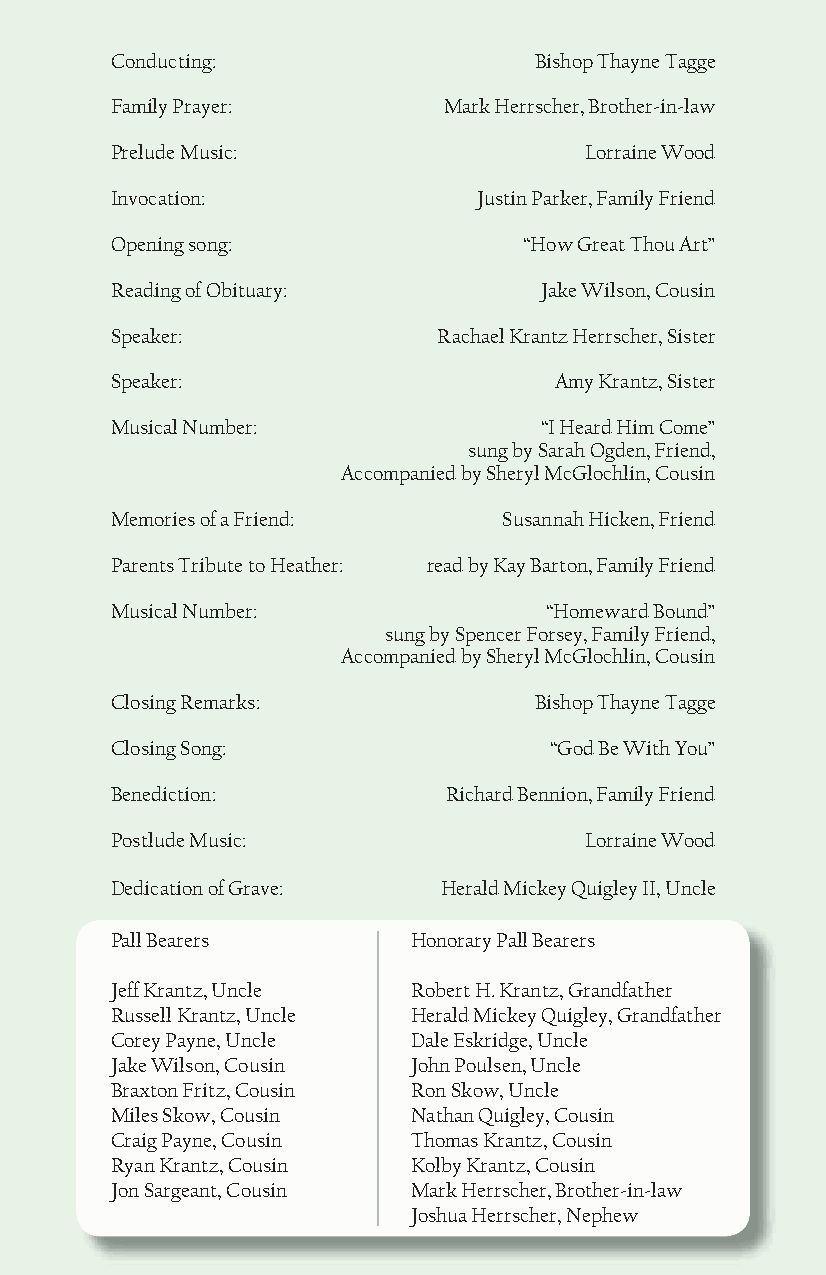
Conducting:                 Bishop Thayne Tagge
 Family Prayer:        Mark Herrscher, Brother-in-law
 Prelude Music:                  Lorraine Wood
 Invocation:              Justin Parker, Family Friend
 Opening song:               “How Great Thou Art”
 Reading of Obituary:         Jake Wilson, Cousin
 Speaker:              Rachael Krantz Herrscher, Sister
 Speaker:                      Amy Krantz, Sister
 Musical Number:              “I Heard Him Come”
 sung by Sarah Ogden, Friend,
 Accompanied by Sheryl McGlochlin, Cousin
 Memories of a Friend:     Susannah Hicken, Friend
 Parents Tribute to Heather: read by Kay Barton, Family Friend
 Musical Number:              “Homeward Bound”
 sung by Spencer Forsey, Family Friend,
 Accompanied by Sheryl McGlochlin, Cousin
 Closing Remarks:            Bishop Thayne Tagge
 Closing Song:                “God Be With You”
 Benediction:          Richard Bennion, Family Friend
 Postlude Music:                 Lorraine Wood
 Dedication of Grave:  Herald Mickey Quigley II, Uncle
 Pall Bearers        Honorary Pall Bearers
 Jeff Krantz, Uncle  Robert H. Krantz, Grandfather
 Russell Krantz, Uncle Herald Mickey Quigley, Grandfather
 Corey Payne, Uncle  Dale Eskridge, Uncle
 Jake Wilson, Cousin John Poulsen, Uncle
 Braxton Fritz, Cousin Ron Skow, Uncle
 Miles Skow, Cousin  Nathan Quigley, Cousin
 Craig Payne, Cousin Thomas Krantz, Cousin
 Ryan Krantz, Cousin Kolby Krantz, Cousin
 Jon Sargeant, Cousin Mark Herrscher, Brother-in-law
 Joshua Herrscher, Nephew